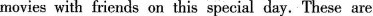
movies with friends on this special day.These are